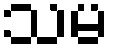
သမ